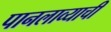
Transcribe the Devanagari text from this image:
पानलाव्याची